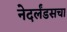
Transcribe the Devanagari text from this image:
नेदर्लंडसचा